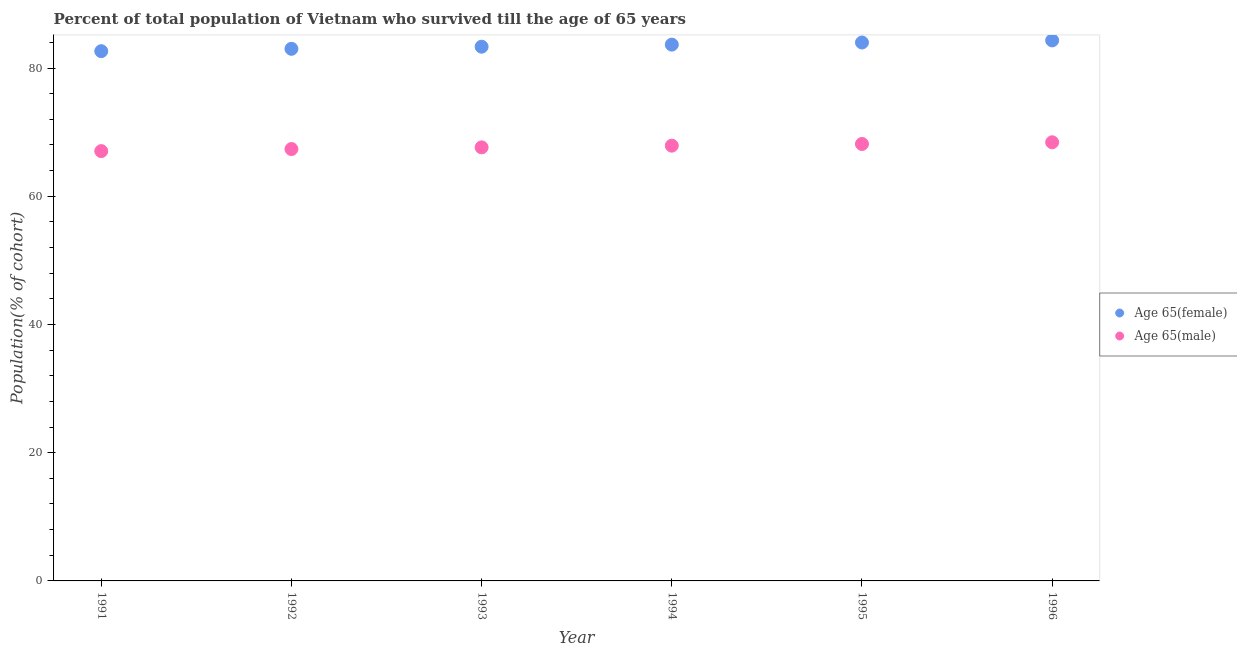
| Year | Age 65(female) | Age 65(male) |
 | --- | --- | --- |
 | 1991 | 82.6 | 67 |
 | 1992 | 83 | 67.4 |
 | 1993 | 83.3 | 67.6 |
 | 1994 | 83.7 | 67.9 |
 | 1995 | 84 | 68.2 |
 | 1996 | 84.3 | 68.4 |